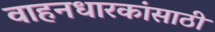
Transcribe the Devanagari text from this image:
वाहनधारकांसाठी